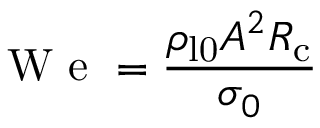
\mathrm { ~ W ~ e ~ } = \frac { \rho _ { \mathrm { l 0 } } A ^ { 2 } R _ { \mathrm { c } } } { \sigma _ { 0 } }